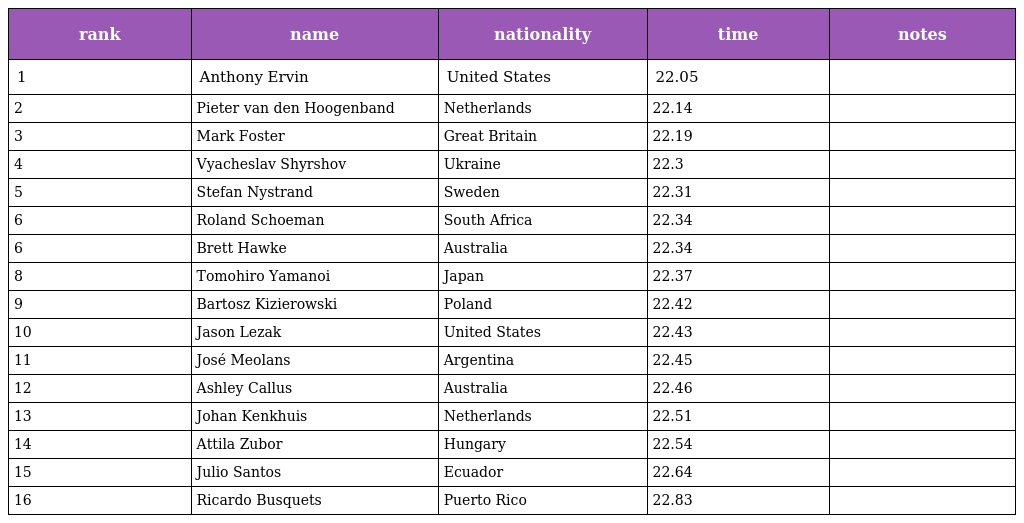
| rank | name | nationality | time | notes |
 | --- | --- | --- | --- | --- |
 | 1 | Anthony Ervin | United States | 22.05 |  |
 | 2 | Pieter van den Hoogenband | Netherlands | 22.14 |  |
 | 3 | Mark Foster | Great Britain | 22.19 |  |
 | 4 | Vyacheslav Shyrshov | Ukraine | 22.3 |  |
 | 5 | Stefan Nystrand | Sweden | 22.31 |  |
 | 6 | Roland Schoeman | South Africa | 22.34 |  |
 | 6 | Brett Hawke | Australia | 22.34 |  |
 | 8 | Tomohiro Yamanoi | Japan | 22.37 |  |
 | 9 | Bartosz Kizierowski | Poland | 22.42 |  |
 | 10 | Jason Lezak | United States | 22.43 |  |
 | 11 | José Meolans | Argentina | 22.45 |  |
 | 12 | Ashley Callus | Australia | 22.46 |  |
 | 13 | Johan Kenkhuis | Netherlands | 22.51 |  |
 | 14 | Attila Zubor | Hungary | 22.54 |  |
 | 15 | Julio Santos | Ecuador | 22.64 |  |
 | 16 | Ricardo Busquets | Puerto Rico | 22.83 |  |